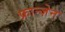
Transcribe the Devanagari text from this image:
फ्रान्ज़ेन